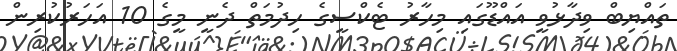
ތައްޔިބް ވިދާޅުވީ އައްޑޫގައި މިހާރު ޓެކްސީގެ ހިދުމަތް ދެނީ މީގެ 10 އަހަރުކުރިން